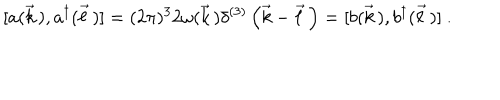
LaTeX: [ a ( \vec { k } \, ) , a ^ { \dagger } ( \vec { \ell } \, ) ] = ( 2 \pi ) ^ { 3 } 2 \omega ( \vec { k } \, ) \delta ^ { ( 3 ) } \left( \vec { k } - \vec { \ell } \, \right) = [ b ( \vec { k } \, ) , b ^ { \dagger } ( \vec { \ell } \, ) ] \ .